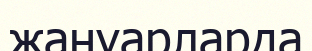
жануарларда